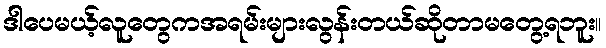
ဒါပေမယ့်လူတွေကအရမ်းများလွန်းတယ်ဆိုတာမတွေ့ရဘူး။